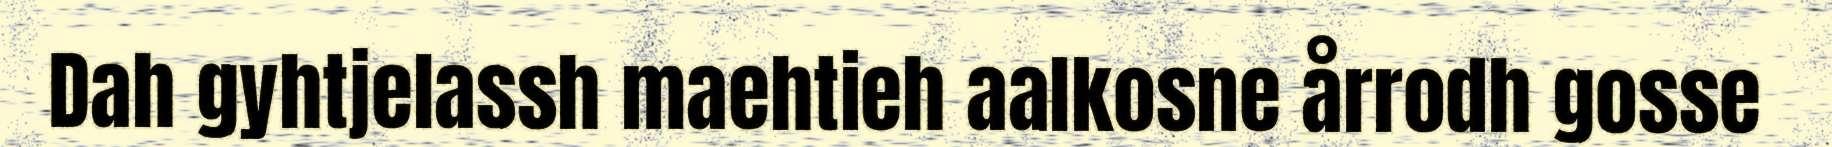
Dah gyhtjelassh maehtieh aalkosne årrodh gosse